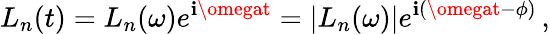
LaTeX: L_{n}(t)=L_{n}(\omega)e^{\mathbf{i}\omegat}=|L_{n}(\omega)|e^{\mathbf{i}(\omegat-\phi)}\, ,